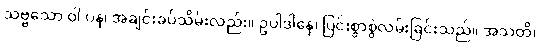
သဗ္ဗသော ဝါ ပန၊ အချင်းခပ်သိမ်းလည်း။ ဥပါဒါနေ၊ ပြင်းစွာစွဲလမ်းခြင်းသည်။ အသတိ၊